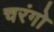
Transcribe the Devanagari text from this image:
चरंगो